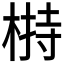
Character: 𣖖